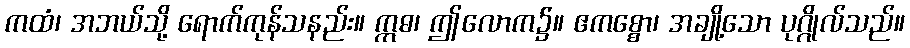
ကထံ၊ အဘယ်သို့ ရောက်ကုန်သနည်း။ ဣဓ၊ ဤလောက၌။ ဧကစ္စော၊ အချို့သော ပုဂ္ဂိုလ်သည်။